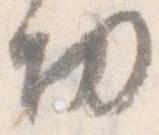
功